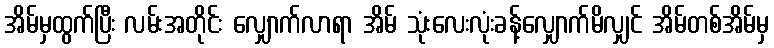
အိမ်မှထွက်ပြီး လမ်းအတိုင်း လျှောက်လာရာ အိမ် သုံးလေးလုံးခန့်လျှောက်မိလျှင် အိမ်တစ်အိမ်မှ